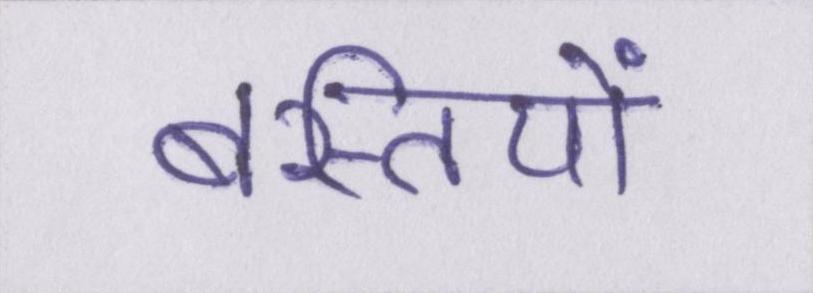
बस्तियों